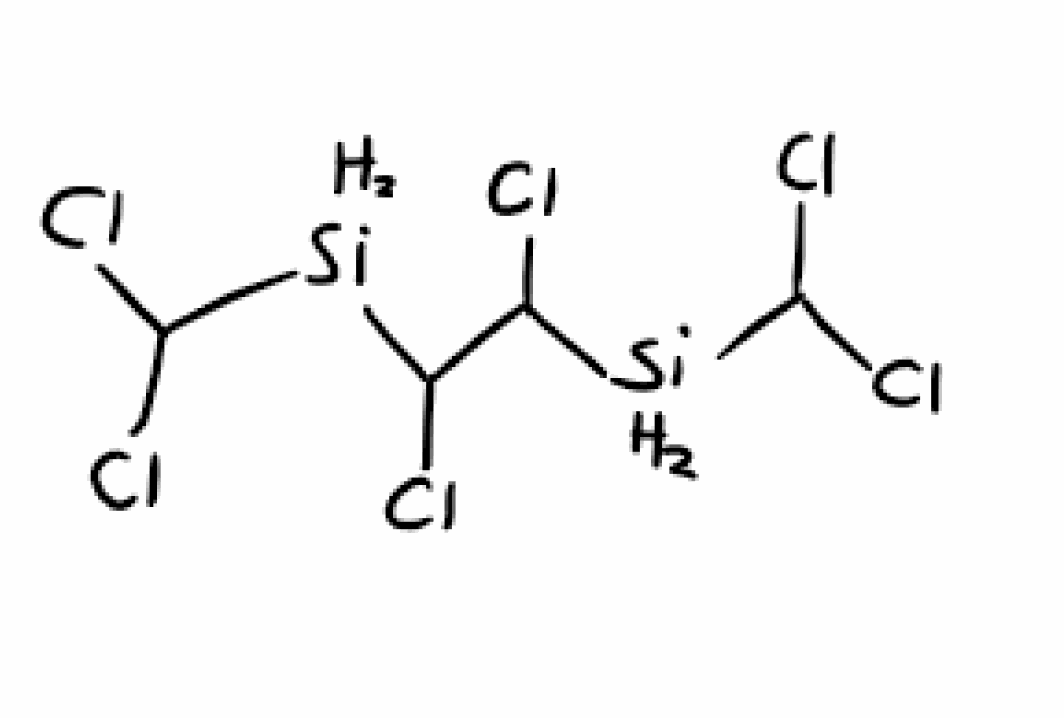
Simplified molecular-input line-entry system (SMILES) notation of the given molecule:
C(C([SiH2]C(Cl)Cl)Cl)([SiH2]C(Cl)Cl)Cl